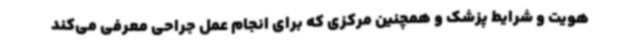
هویت و شرایط پزشک و همچنین مرکزی که برای انجام عمل جراحی معرفی می‌کند